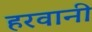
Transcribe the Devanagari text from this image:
हरवानी